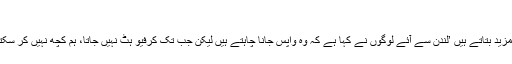
‘
وہ مزید بتاتے ہیں ’لندن سے آئے لوگوں نے کہا ہے کہ وہ واپس جانا چاہتے ہیں لیکن جب تک کرفیو ہٹ نہیں جاتا، ہم کچھ نہیں کر سکتے۔